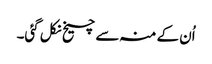
اُن کے منہ سے چیخ نکل گئی۔